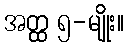
အတ္ထ ၅-မျိုး။